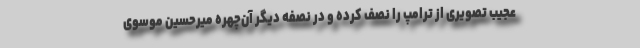
عجیب تصویری از ترامپ را نصف کرده و در نصفه دیگر آن‌چهره میرحسین موسوی